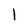
Character: l